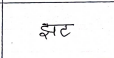
मजकूर: झट